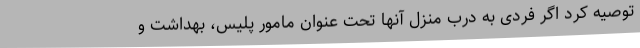
توصیه کرد اگر فردی به درب منزل آنها تحت عنوان مامور پلیس، بهداشت و